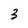
Character: 3